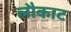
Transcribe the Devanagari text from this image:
लौकाट